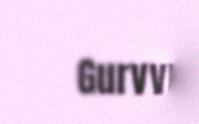
Gurvvu